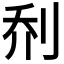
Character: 𫥽